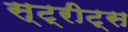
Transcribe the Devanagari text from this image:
स्ट्रीट्‌स